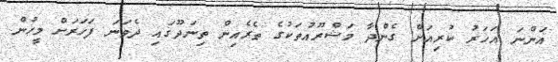
އަންނަ އަހަރު ކުރިއަށް ގެންދާ މަޝްރޫއުތަކުގެ ތެރެއިން ތިނަދޫގައި ދެވަނަ ފަހަރަށް މީހުން